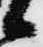
候